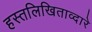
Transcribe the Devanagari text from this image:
हस्तलिखिताव्दारे